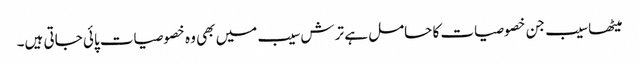
میٹھا سیب جن خصوصیات کا حامل ہے ترش سیب میں بھی وہ خصوصیات پائی جاتی ہیں۔